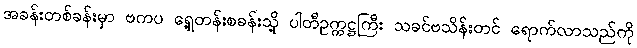
အခန်းတစ်ခန်းမှာ ဗကပ ရှေ့တန်းစခန်းသို့ ပါတီဥက္ကဋ္ဌကြီး သခင်ဗသိန်းတင် ရောက်လာသည်ကို